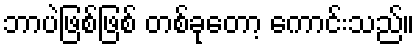
ဘာပဲဖြစ်ဖြစ် တစ်ခုတော့ ကောင်းသည်။